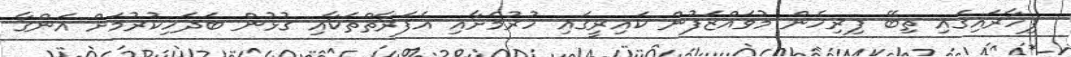
ފިހާރައިގައި ތިބޭ ފިރިހެން މުވައްޒަފުން ކައިރީގައި ހުރުމަށާއި އެފަރާތްތަކާއި ގުޅުން ބަދަހިކުރުމަށް އަންގާ